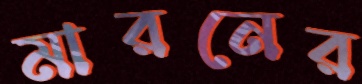
মারনের